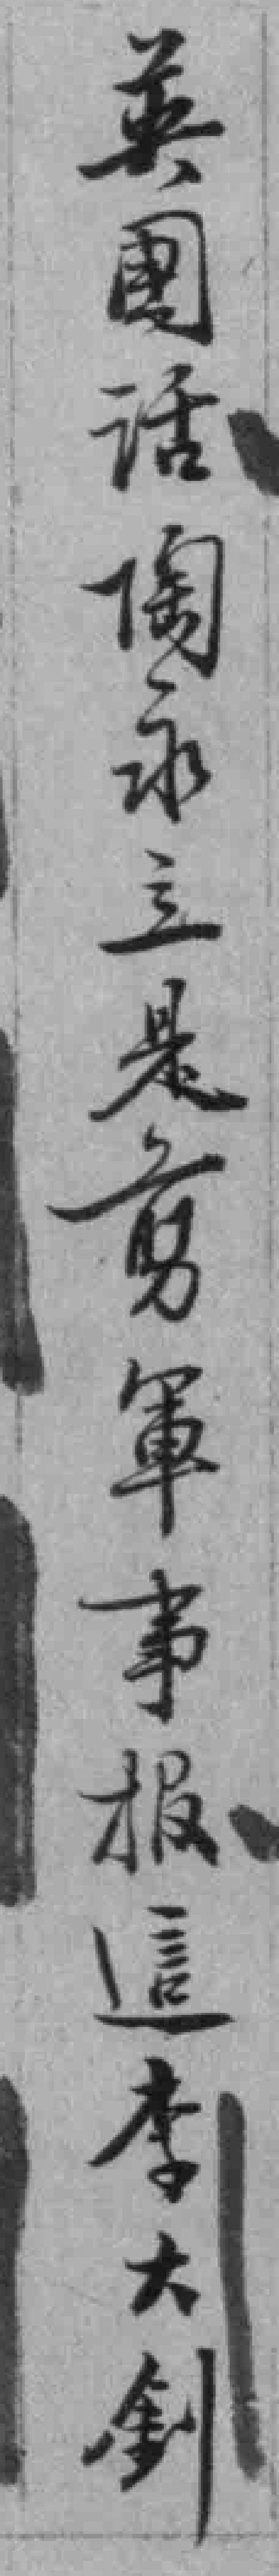
英國话陶永立是剪軍事报這李大釗